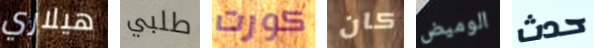
هيلاري طلبي كورت كان الوميض حدث